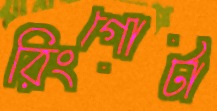
রিংগোটা